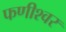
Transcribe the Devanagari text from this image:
फणीश्‍वर